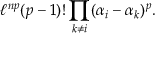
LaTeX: \ell ^ { n p } ( p - 1 ) ! \prod _ { k \neq i } ( \alpha _ { i } - \alpha _ { k } ) ^ { p } .